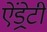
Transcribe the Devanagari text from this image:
ऐंड्रेटी